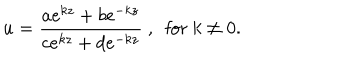
u = \frac { a e ^ { k z } + b e ^ { - k z } } { c e ^ { k z } + d e ^ { - k z } } ~ , ~ \mathrm { ~ f o r ~ } k \neq 0 .